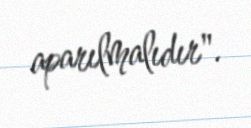
aparılmalıdır".